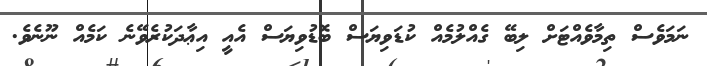
ނަމަވެސް ތިމާވެއްޓަށް ލިބޭ ގެއްލުމެއް ކުޑަވިޔަސް ބޮޑުވިޔަސް އެއީ އިޢާދަކުރެވޭނެ ކަމެއް ނޫނެވެ.